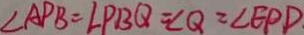
\angle A P B = \angle P B Q = \angle Q = \angle E P D